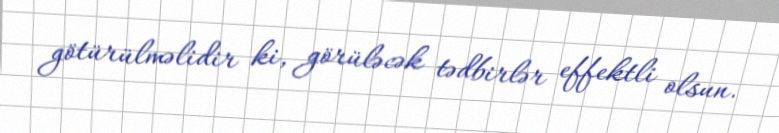
götürülməlidir ki, görüləcək tədbirlər effektli olsun.